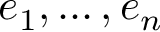
e _ { 1 } , \ldots , e _ { n }